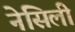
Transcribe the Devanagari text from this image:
नेसिली